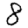
Digit: 8